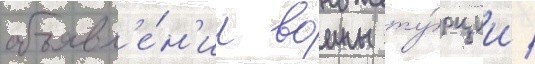
объявл'е́н'ии воины ту́рции /